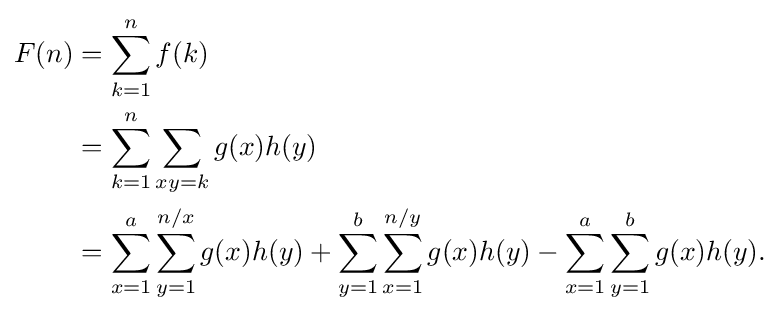
{\begin{aligned}F(n)&=\sum _{k=1}^{n}f(k)\\&=\sum _{k=1}^{n}\sum _{xy=k}^{}g(x)h(y)\\&=\sum _{x=1}^{a}\sum _{y=1}^{n/x}g(x)h(y)+\sum _{y=1}^{b}\sum _{x=1}^{n/y}g(x)h(y)-\sum _{x=1}^{a}\sum _{y=1}^{b}g(x)h(y){\text{.}}\end{aligned}}